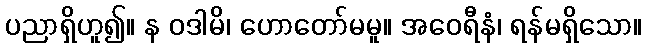
ပညာရှိဟူ၍။ န ဝဒါမိ၊ ဟောတော်မမူ။ အဝေရီနံ၊ ရန်မရှိသော။